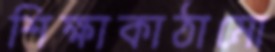
শিক্ষাকাঠামো